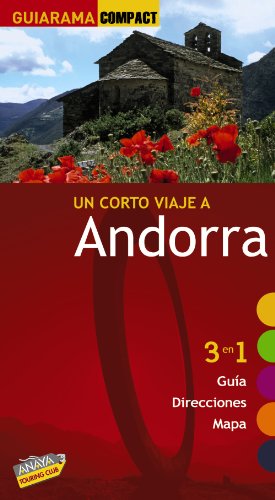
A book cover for Andorra: 3 en 1 guÃ­a, direcciones, mapa / 3 in 1 Guide, Directions, Map (Guiarama Compact) (Spanish Edition); Antoni AÃ±Ã³; Travel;